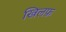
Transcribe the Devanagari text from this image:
खिलफ़